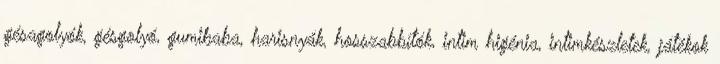
gésagolyók, gésgolyó, gumibaba, harisnyák, hosszabbítók, intim higénia, intimkészletek, játékok